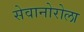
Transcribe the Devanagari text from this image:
सेवानोरोला